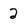
Character: 2